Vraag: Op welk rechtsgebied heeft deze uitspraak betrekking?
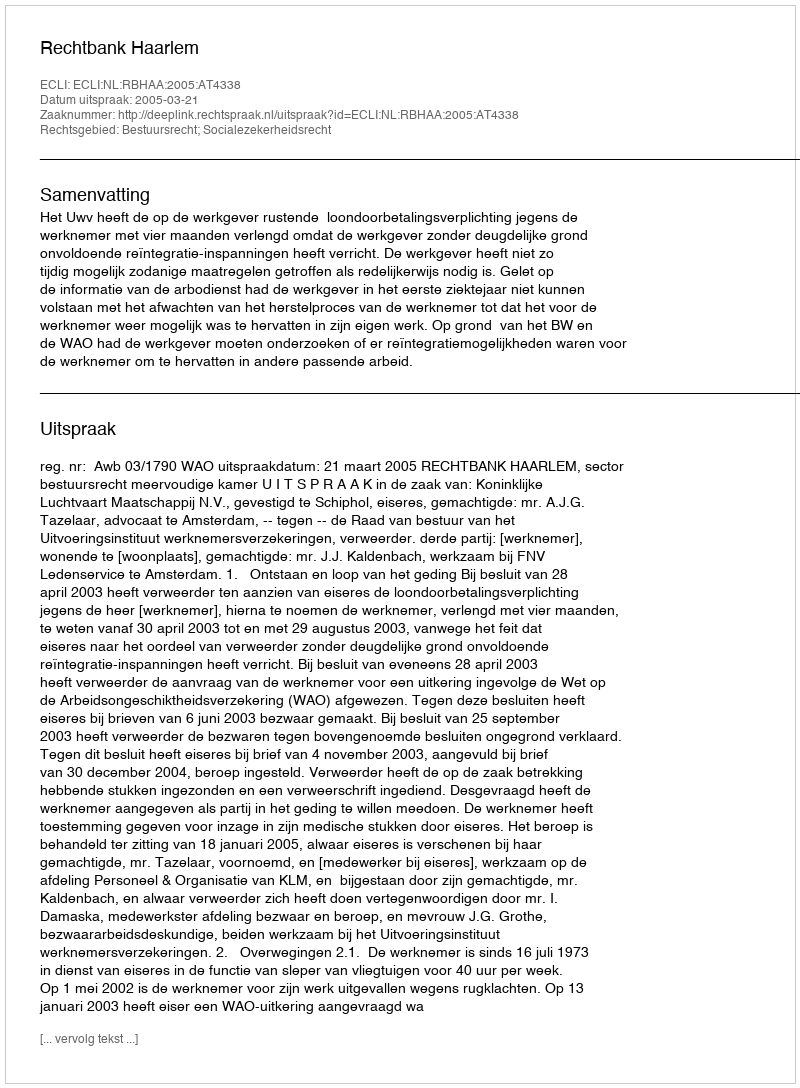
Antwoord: Bestuursrecht; Socialezekerheidsrecht